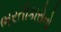
ભરતીકારોનો